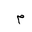
Letter: _mim